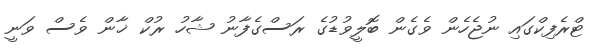
ޓްރެފިކްގައި ނުޖެހެން ވެގެން ބޮލީވުޑުގެ ރަސްގެފާނު ޝާހު ރުކް ޚާން ވެސް ވަނީ